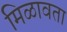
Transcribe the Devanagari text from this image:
मिळावता